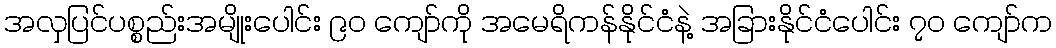
အလှပြင်ပစ္စည်းအမျိုးပေါင်း ၉၀ ကျော်ကို အမေရိကန်နိုင်ငံနဲ့ အခြားနိုင်ငံပေါင်း ၇၀ ကျော်က